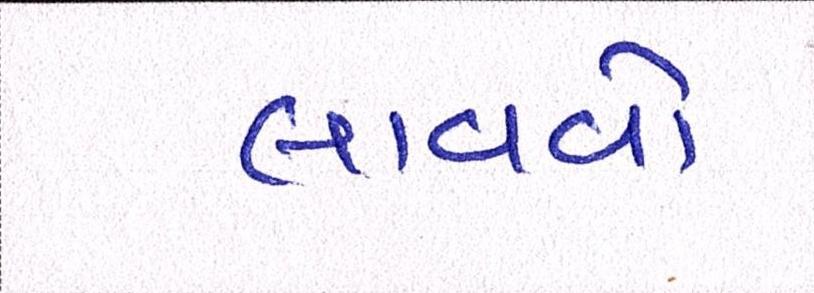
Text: લાવવો